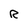
Character: R